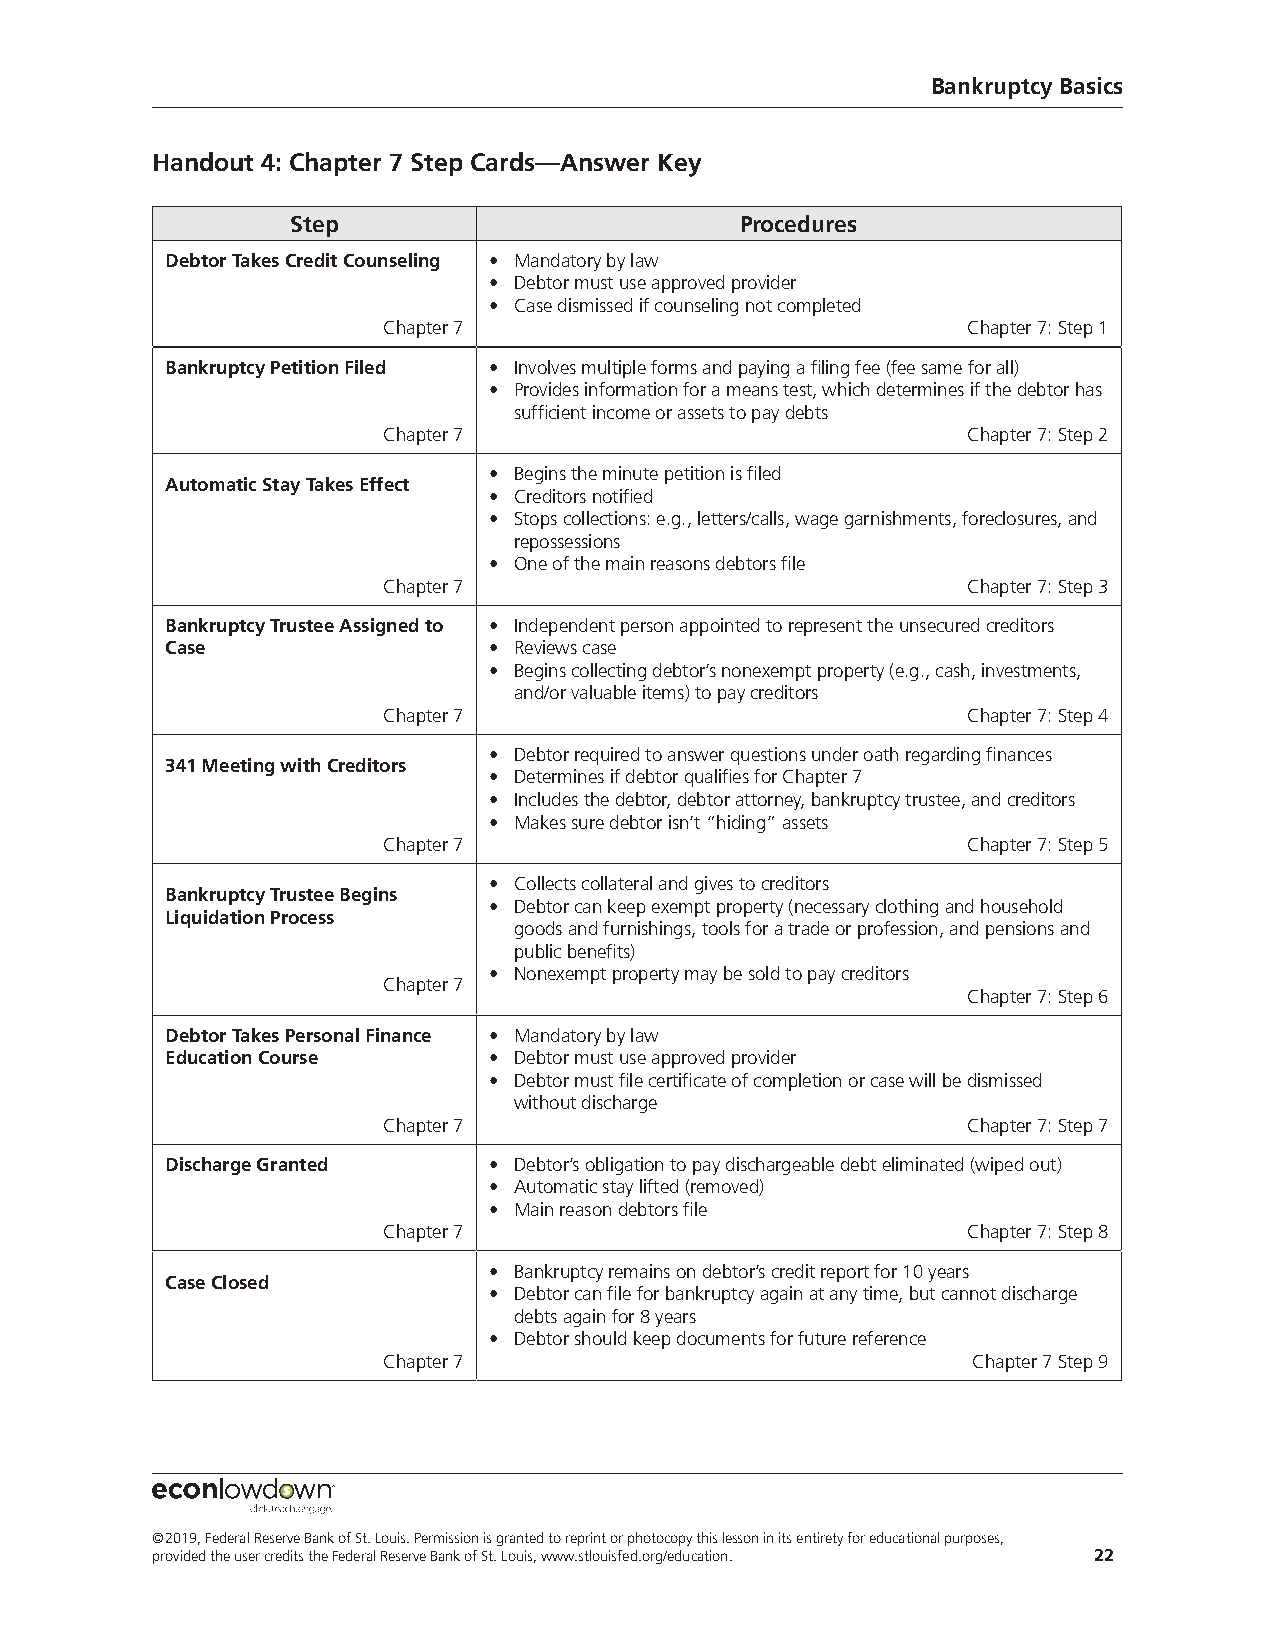
Bankruptcy Basics
 Handout 4: Chapter 7 Step Cards—Answer Key
 Step                          Procedures
 Debtor Takes Credit Counseling • Mandatory by law
 • Debtor must use approved provider
 • Case dismissed if counseling not completed
 Chapter 7                              Chapter 7: Step 1
 Bankruptcy Petition Filed • Involves multiple forms and paying a filing fee (fee same for all)
 • Provides information for a means test, which determines if the debtor has
 sufficient income or assets to pay debts
 Chapter 7                              Chapter 7: Step 2
 • Begins the minute petition is filed
 Automatic Stay Takes Effect
 • Creditors notified
 • Stops collections: e.g., letters/calls, wage garnishments, foreclosures, and
 repossessions
 • One of the main reasons debtors file
 Chapter 7                              Chapter 7: Step 3
 Bankruptcy Trustee Assigned to • Independent person appointed to represent the unsecured creditors
 Case                 • Reviews case
 • Begins collecting debtor’s nonexempt property (e.g., cash, investments,
 and/or valuable items) to pay creditors
 Chapter 7                              Chapter 7: Step 4
 • Debtor required to answer questions under oath regarding finances
 341 Meeting with Creditors
 • Determines if debtor qualifies for Chapter 7
 • Includes the debtor, debtor attorney, bankruptcy trustee, and creditors
 • Makes sure debtor isn’t “hiding” assets
 Chapter 7                              Chapter 7: Step 5
 • Collects collateral and gives to creditors
 Bankruptcy Trustee Begins
 • Debtor can keep exempt property (necessary clothing and household
 Liquidation Process
 goods and furnishings, tools for a trade or profession, and pensions and
 public benefits)
 • Nonexempt property may be sold to pay creditors
 Chapter 7
 Chapter 7: Step 6
 Debtor Takes Personal Finance • Mandatory by law
 Education Course     • Debtor must use approved provider
 • Debtor must file certificate of completion or case will be dismissed
 without discharge
 Chapter 7                              Chapter 7: Step 7
 Discharge Granted    • Debtor’s obligation to pay dischargeable debt eliminated (wiped out)
 • Automatic stay lifted (removed)
 • Main reason debtors file
 Chapter 7                              Chapter 7: Step 8
 • Bankruptcy remains on debtor’s credit report for 10 years
 Case Closed
 • Debtor can file for bankruptcy again at any time, but cannot discharge
 debts again for 8 years
 • Debtor should keep documents for future reference
 Chapter 7                              Chapter 7 Step 9
 ©2019, Federal Reserve Bank of St. Louis. Permission is granted to reprint or photocopy this lesson in its entirety for educational purposes,
 provided the user credits the Federal Reserve Bank of St. Louis, www.stlouisfed.org/education. 22